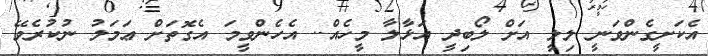
އެކަށީގެންވަނީ ލިލީ އަށް ލޯބިދީ އަޅާލާ މީހެެއް.. އެހެންވީމަ އެގޮތަށް ޢަމަލު ނުކުރެވޭ